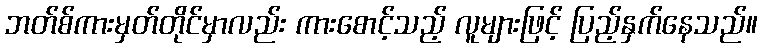
ဘတ်စ်ကားမှတ်တိုင်မှာလည်း ကားစောင့်သည့် လူများဖြင့် ပြည့်နှက်နေသည်။